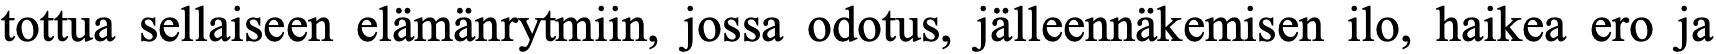
tottua sellaiseen elämänrytmiin, jossa odotus, jälleennäkemisen ilo, haikea ero ja